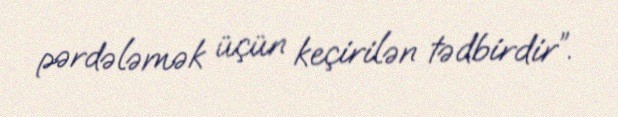
pərdələmək üçün keçirilən tədbirdir”.